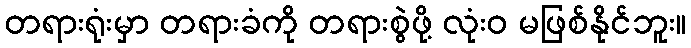
တရားရုံးမှာ တရားခံကို တရားစွဲဖို့ လုံးဝ မဖြစ်နိုင်ဘူး။